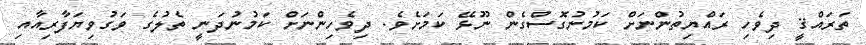
ތަރައްޤީ ދިވެހި ރައްޔިތުންނަށް ކަމުނުގޮސްގެން ނޫޅޭ ކަމަށެވެ. ދިވެހިންނަށް ކަމުނުދަނީ ތެލުގެ ވަގުވިޔަފާރިއާއި